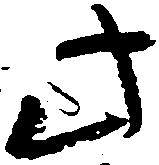
此